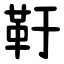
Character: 䩒